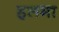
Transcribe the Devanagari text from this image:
हलमा